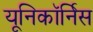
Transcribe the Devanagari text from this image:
यूनिकॉर्निस